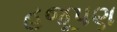
હજૂપણ